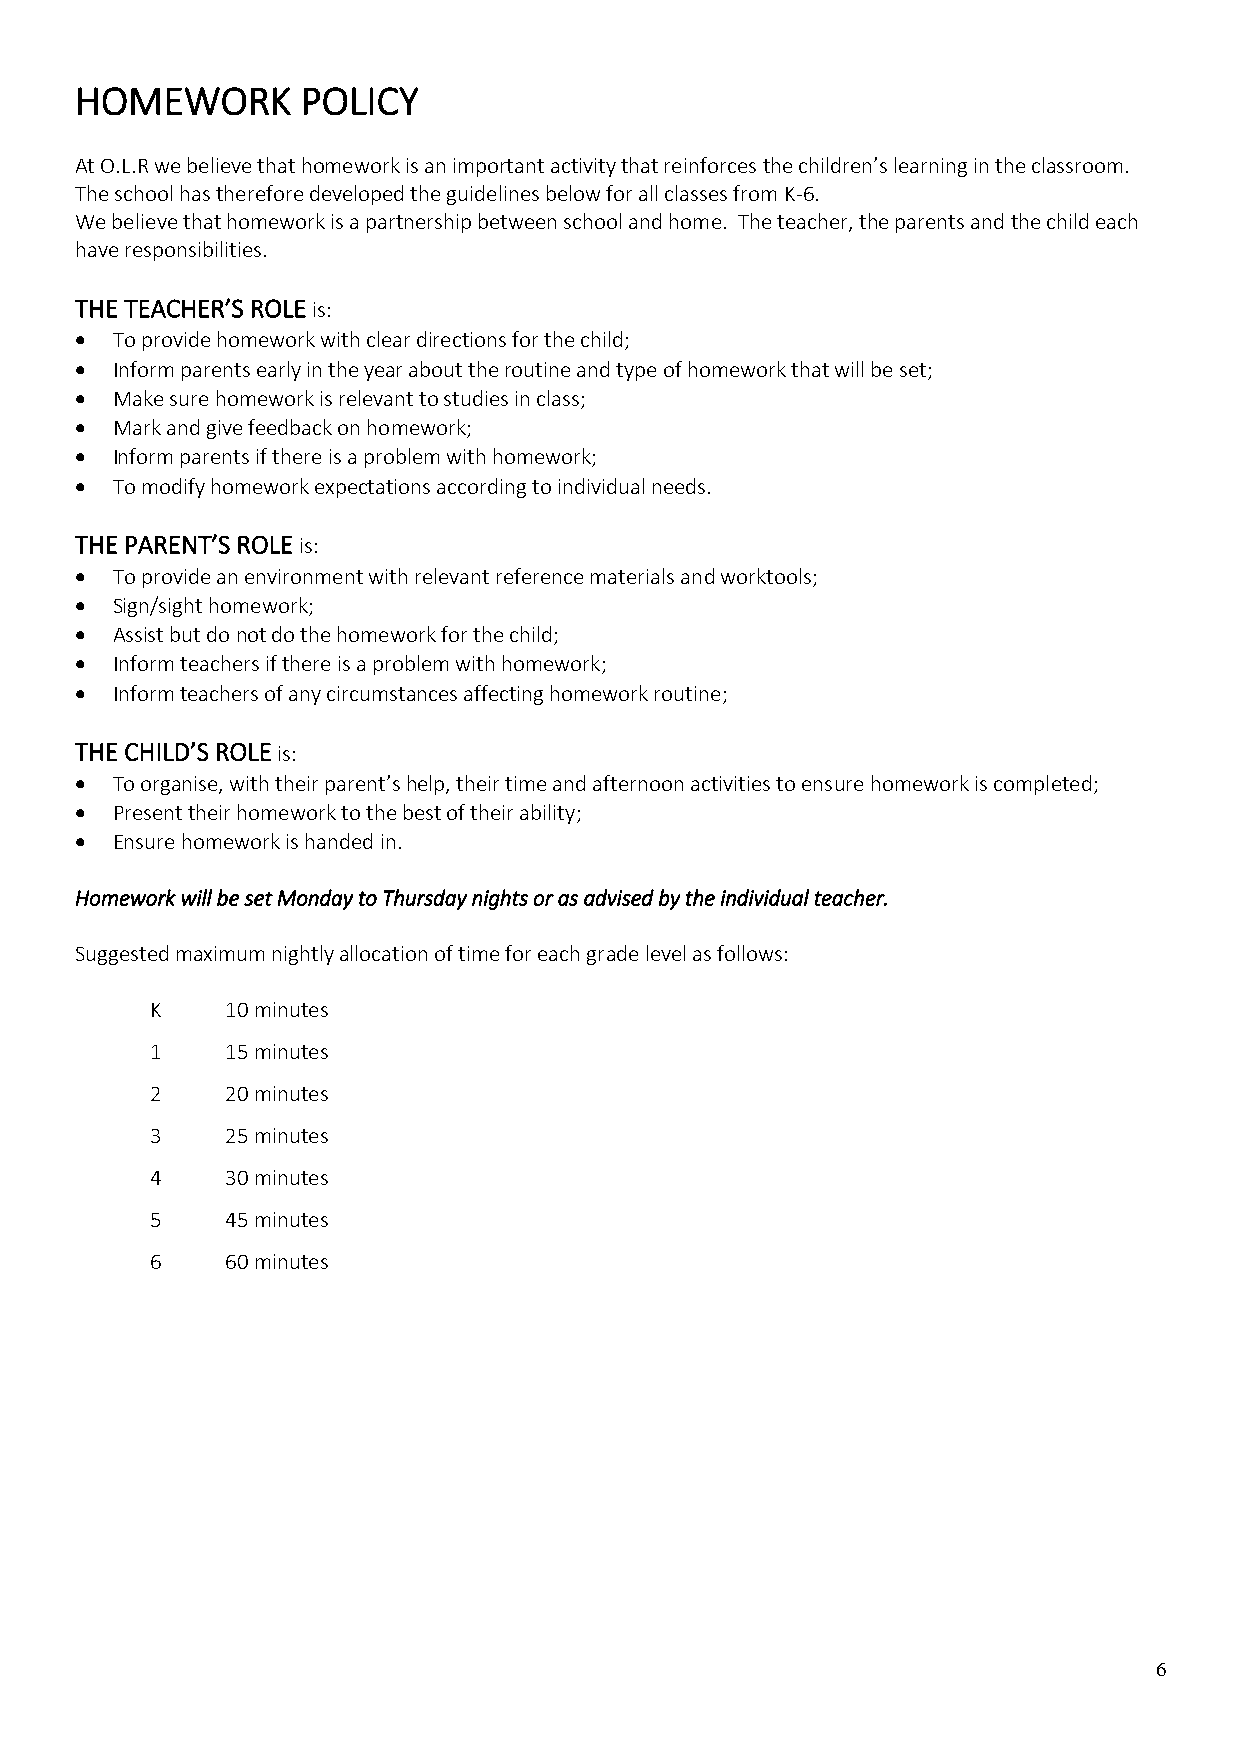
HOMEWORK       POLICY
 At O.L.R we believe that homework is an important activity that reinforces the children’s learning in the classroom.
 The school has therefore developed the guidelines below for all classes from K-6.
 We believe that homework is a partnership between school and home. The teacher, the parents and the child each
 have responsibilities.
 THE TEACHER’S ROLE is:
 • To provide homework with clear directions for the child;
 • Inform parents early in the year about the routine and type of homework that will be set;
 • Make sure homework is relevant to studies in class;
 • Mark and give feedback on homework;
 • Inform parents if there is a problem with homework;
 • To modify homework expectations according to individual needs.
 THE PARENT’S ROLE is:
 • To provide an environment with relevant reference materials and worktools;
 • Sign/sight homework;
 • Assist but do not do the homework for the child;
 • Inform teachers if there is a problem with homework;
 • Inform teachers of any circumstances affecting homework routine;
 THE CHILD’S ROLE is:
 • To organise, with their parent’s help, their time and afternoon activities to ensure homework is completed;
 • Present their homework to the best of their ability;
 • Ensure homework is handed in.
 Homework will be set Monday to Thursday nights or as advised by the individual teacher.
 Suggested maximum nightly allocation of time for each grade level as follows:
 K    10 minutes
 1    15 minutes
 2    20 minutes
 3    25 minutes
 4    30 minutes
 5    45 minutes
 6    60 minutes
 6